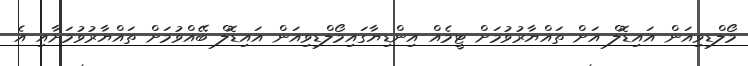
މޯލްޑިވިއަން އައިޑޮލް އަށް ތައްޔާރުވުމަށް ޓީމެއް އިންޑިޔާގައިމޯލްޑިވިއަން އައިޑޮލް ބޭއްވުމަށް ތައްޔާރުވުމަށާއި އެ